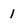
Character: 1